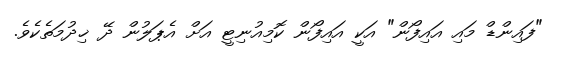
"ފައިންޑް މައި އައިފޯން" އަކީ އައިފޯން ކޮމިއުނިޓީ އަށް އެޕަލުން ދޭ ޚިދުމަތެކެވެ.